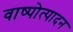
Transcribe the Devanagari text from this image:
वाष्पोत्पादन